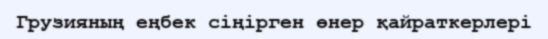
Грузияның еңбек сіңірген өнер қайраткерлері